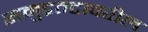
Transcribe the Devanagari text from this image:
समुद्रतटावरील